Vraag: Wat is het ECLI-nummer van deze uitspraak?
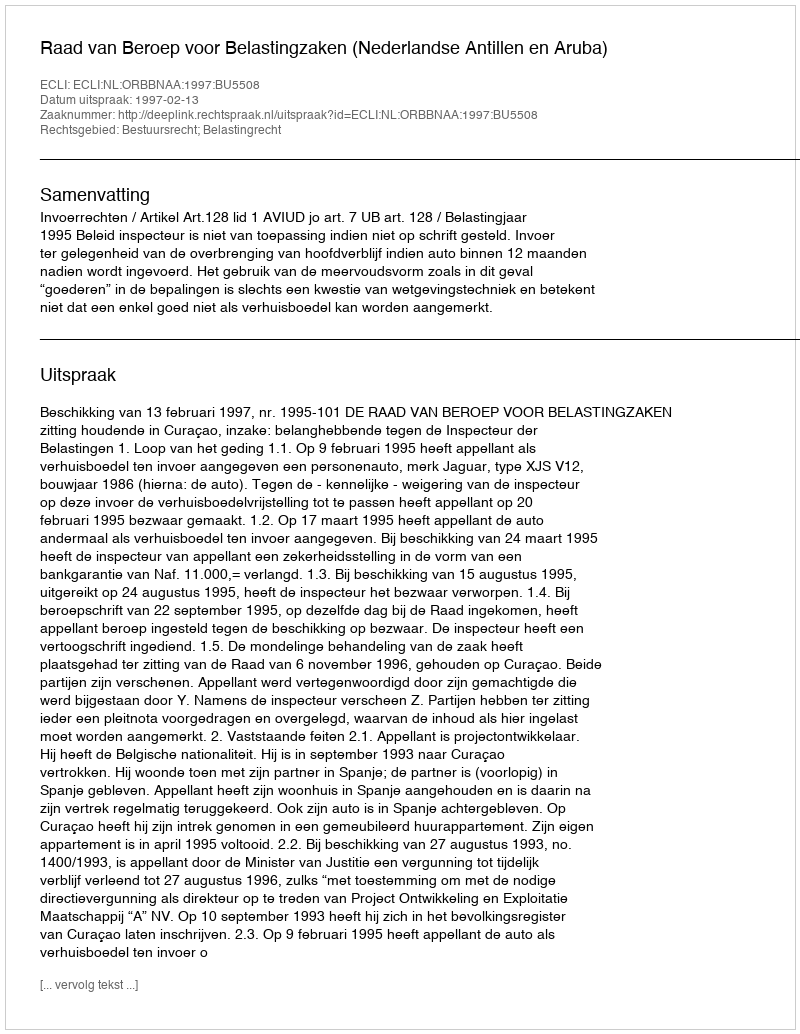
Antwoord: ECLI:NL:ORBBNAA:1997:BU5508